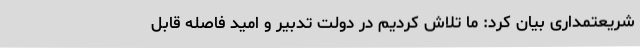
شریعتمداری بیان کرد: ما تلاش کردیم در دولت تدبیر و امید فاصله قابل